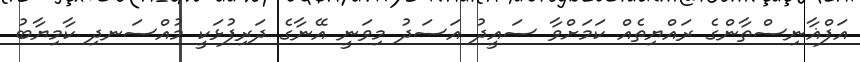
އަފްޣާނިސްތާންގެ ރައްޔިތެއް ކަމަށްވާ ސައީދު އަސަދު މިވަނީ އޭނާގެ ދަރިފުޅަކީ މުއްސަނދި ކާމިޔާބު